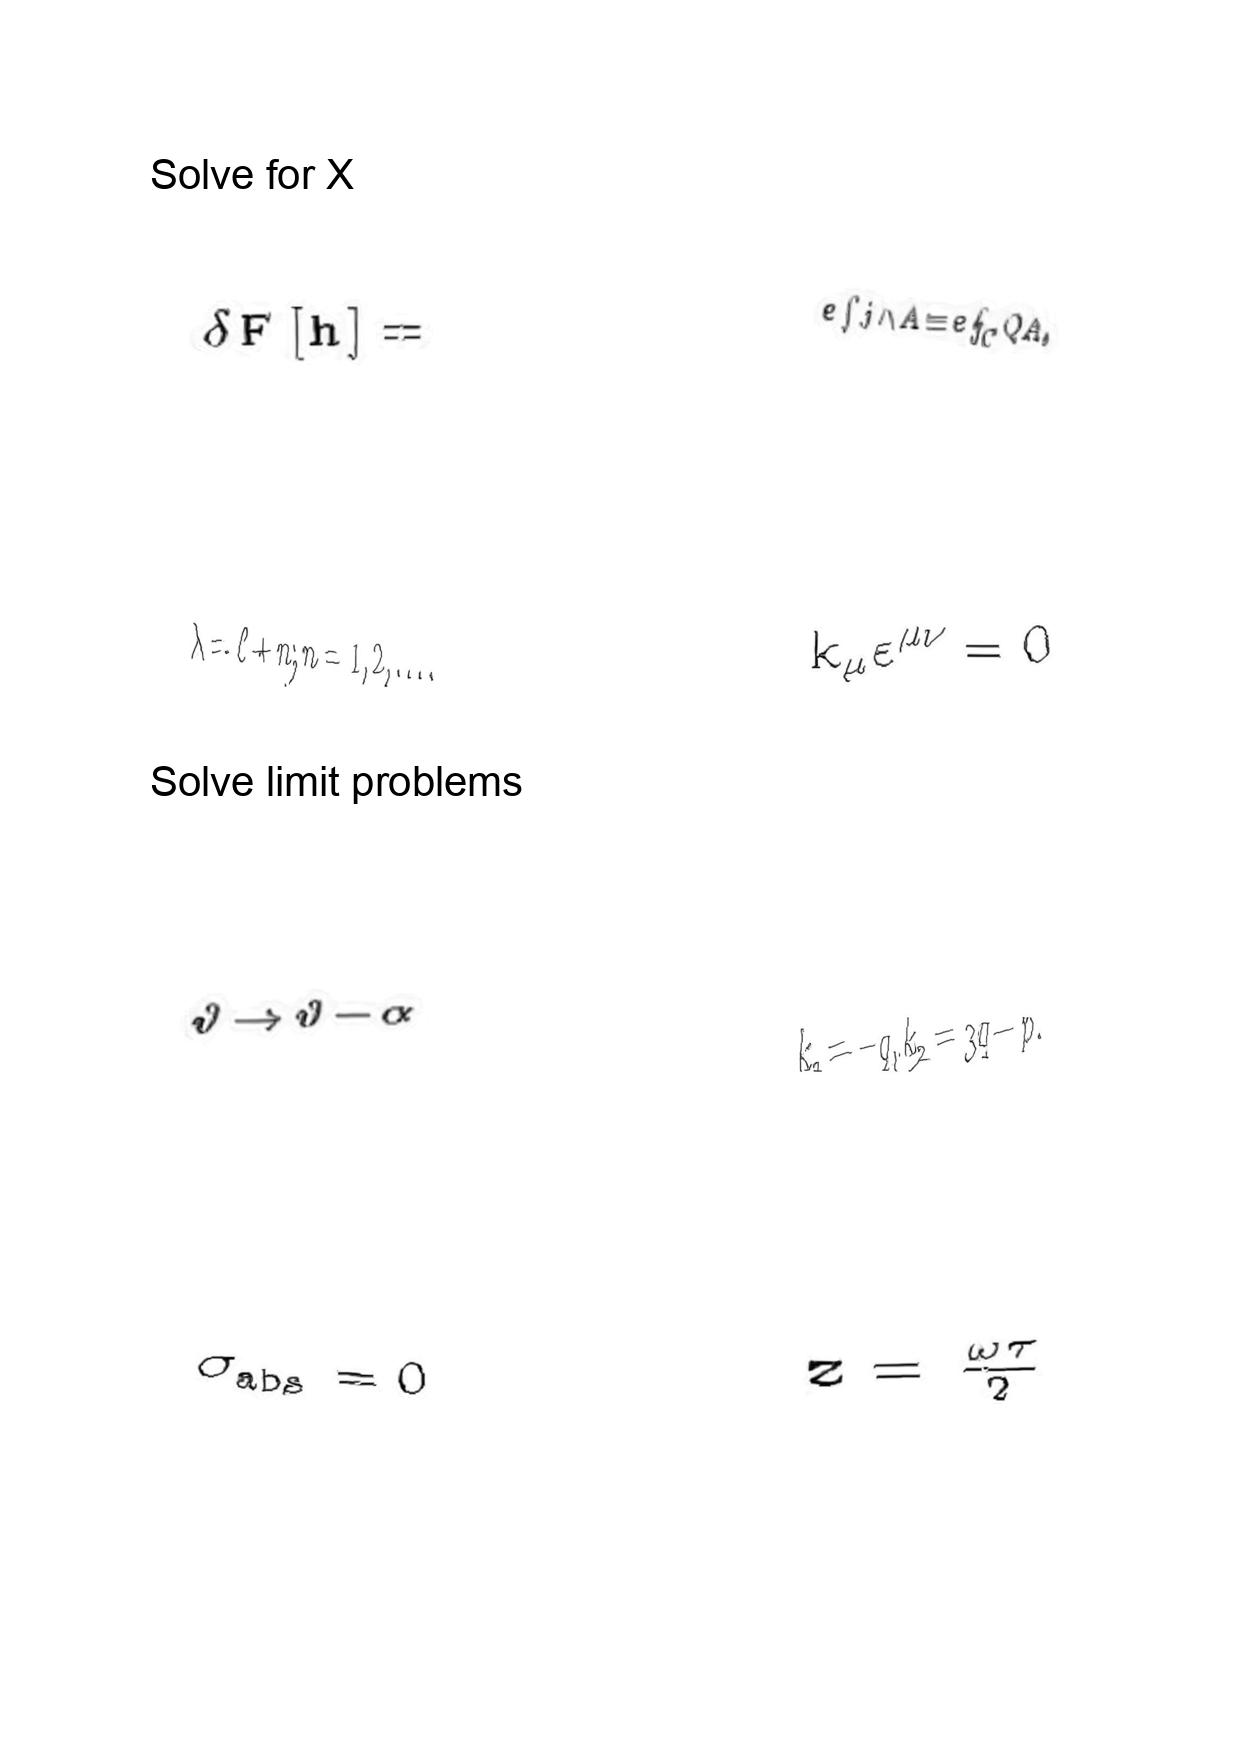
LaTeX transcription:
\delta F \lbrack h \rbrack =
\lambda = \ell + n ; n = 1 , 2 , \ldots .
\vartheta \rightarrow \vartheta - \alpha
\sigma _ { \mathrm { a b s } } = 0
e \int j \wedge A \equiv e \oint _ { C } Q A ,
k _ { \mu } \varepsilon ^ { \mu \nu } = 0
k _ { 1 } = - q , k _ { 2 } = 3 q - p .
z = \frac { \omega \tau } { 2 }